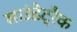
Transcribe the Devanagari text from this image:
साउंडेट्रैक